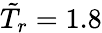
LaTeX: \tilde{T}_{r}=1.8